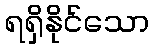
ရရှိနိုင်သော